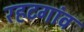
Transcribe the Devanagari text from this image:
रहटगांव